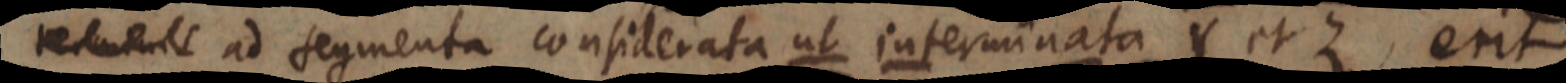
_ ad segmenta considerata ut interminata Y et Z, erit